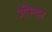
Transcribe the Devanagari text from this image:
उपिन्दर